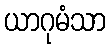
ယာဂုမံသာ